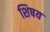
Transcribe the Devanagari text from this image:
शिषय